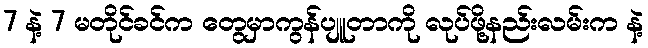
7 နဲ့ 7 မတိုင်ခင်က တွေမှာကွန်ပျူတာကို လုပ်ဖို့နည်းလမ်းက နဲ့